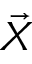
\vec { X }